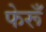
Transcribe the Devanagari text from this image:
फेरूँ